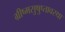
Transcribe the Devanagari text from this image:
ग्रीष्मसुषुप्तावस्था